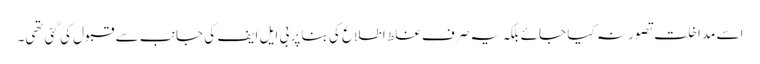
اِسے مداخلت تصور نہ کیا جائے بلکہ یہ صرف غلط اطلاع کی بنا پر بی ایل ایف کی جانب سے قبول کی گئی تھی۔